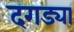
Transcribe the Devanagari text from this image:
दगड्या